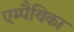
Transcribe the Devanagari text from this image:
एम्पैथिका